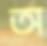
অ